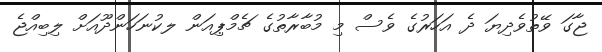
ޖާގަ ވޭތުވެދިޔަ ދެ އަހަރުގެ ވެސް މި މުބާރާތުގެ ޗެމްޕިއަން ލކުނަހަންދޫއަށް ލިބިއްޖެ